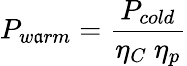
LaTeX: P_{w\mathfrak{a}rm}={\frac{{P_{cold}}}{{\eta_{C}\ \eta_{p}}}}